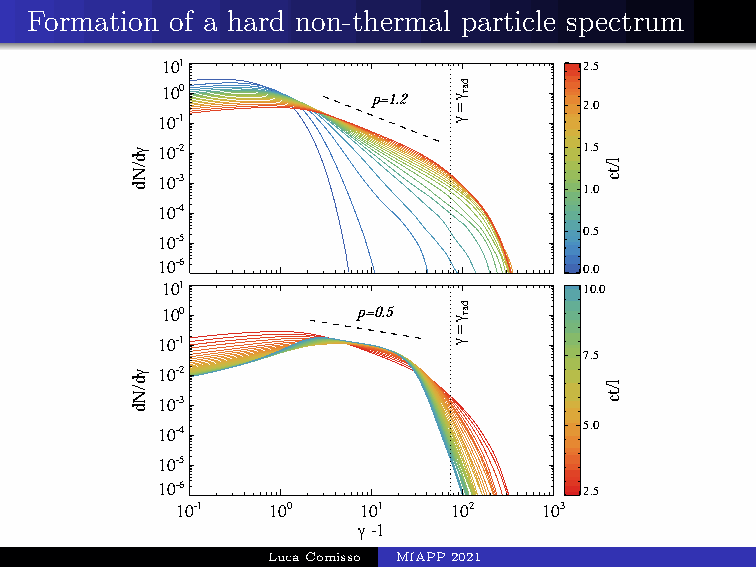
Formation of a hard non-thermal particle spectrum
 101                         2.5
 100
 p=1.2
 2.0
 10-1
 10-2                         1.5
 10-3
 1.0
 10-4
 0.5
 10-5
 10-6
 0.0
 10110-1 100  101   102   103 10.0
 100          pγ= -01 .5
 10-1
 7.5
 10-2
 10-3
 10-4                         5.0
 10-5
 10-6
 2.5
 10-1  100   101   102   103
 γ -1
 LucaComisso MIAPP2021
 γd/Nd
 γd/Nd
 γ=γ
 γ=γ
 dar
 dar
 l/tc
 l/tc